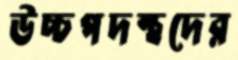
উচ্চপদস্থদের